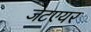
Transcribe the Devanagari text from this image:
जेटएयर